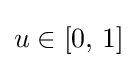
u\in [0,\,1]